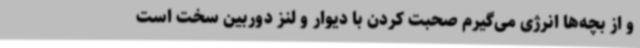
و از بچه‌ها انرژی می‌گیرم صحبت کردن با دیوار و لنز دوربین سخت است